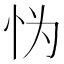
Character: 𱞅